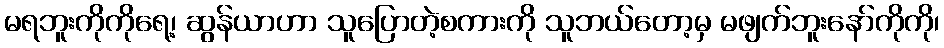
မရဘူးကိုကိုရေ့၊ ဆွန်ယာဟာ သူပြောတဲ့စကားကို သူဘယ်တော့မှ မဖျက်ဘူးနော်ကိုကို၊